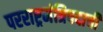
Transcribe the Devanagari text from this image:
परराष्ट्रमंत्रिपदाची